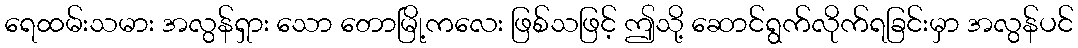
ရေထမ်းသမား အလွန်ရှား သော တောမြို့ကလေး ဖြစ်သဖြင့် ဤသို့ ဆောင်ရွက်လိုက်ရခြင်းမှာ အလွန်ပင်